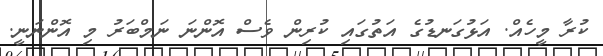
ކުރާ މީހެއް. އަޅުގަނޑުގެ އަތުގައި ކުރިން ވެސް އޮންނަ ނަމްބަރު މި އޮންނަނީ.